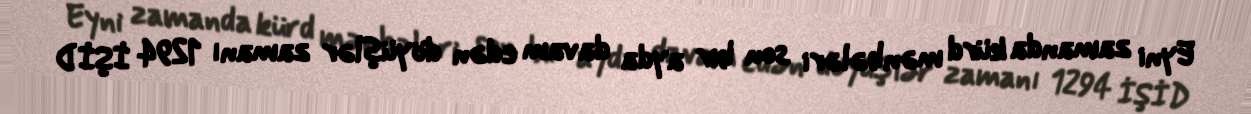
Eyni zamanda kürd mənbələri son bir ayda davam edən döyüşlər zamanı 1294 İŞİD